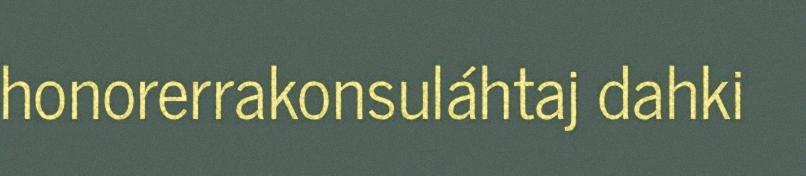
honorerrakonsuláhtaj dahki